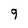
Character: 9